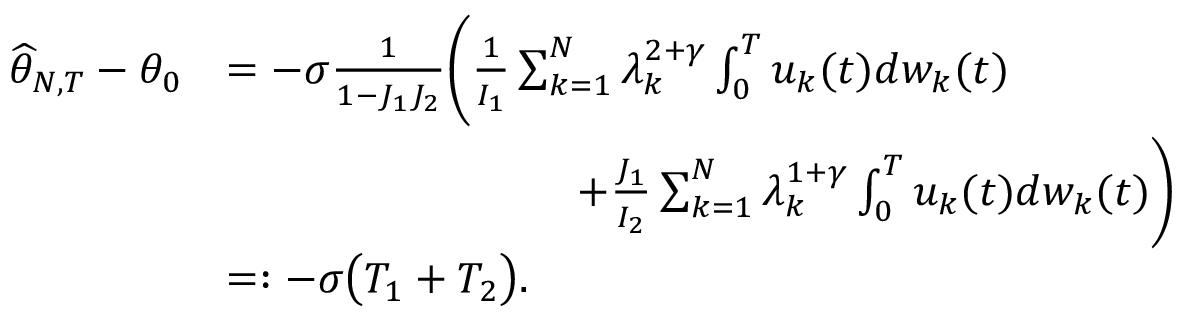
\begin{array} { r l } { \widehat { \theta } _ { N , T } - \theta _ { 0 } } & { = - \sigma \frac { 1 } { 1 - J _ { 1 } J _ { 2 } } \Bigg ( \frac { 1 } { I _ { 1 } } \sum _ { k = 1 } ^ { N } \lambda _ { k } ^ { 2 + \gamma } \int _ { 0 } ^ { T } u _ { k } ( t ) d w _ { k } ( t ) } \\ & { \qquad \qquad \qquad \qquad + \frac { J _ { 1 } } { I _ { 2 } } \sum _ { k = 1 } ^ { N } \lambda _ { k } ^ { 1 + \gamma } \int _ { 0 } ^ { T } u _ { k } ( t ) d w _ { k } ( t ) \Bigg ) } \\ & { = : - \sigma \big ( T _ { 1 } + T _ { 2 } \big ) . } \end{array}